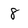
Character: 8